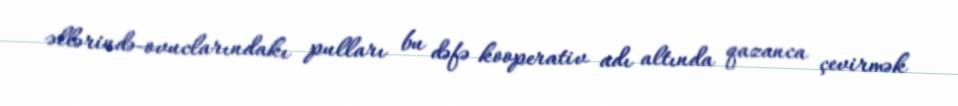
əllərində-ovuclarındakı pulları bu dəfə kooperativ adı altında qazanca çevirmək